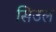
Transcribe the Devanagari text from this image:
सिउल